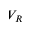
V _ { R }